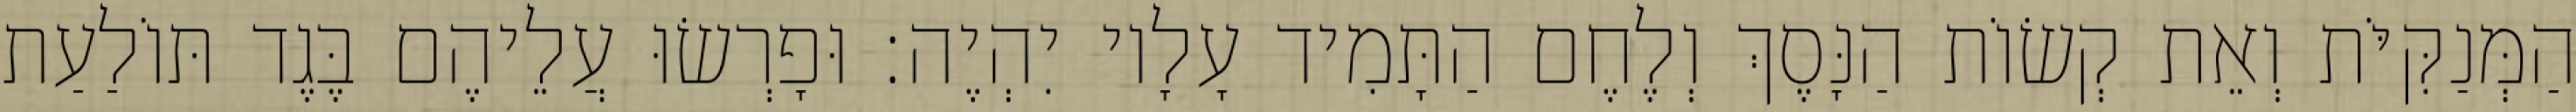
הַמְּנַקִּיֹּת וְאֵת קְשׂוֹת הַנָּסֶךְ וְלֶחֶם הַתָּמִיד עָלָיו יִהְיֶה׃ וּפָרְשׂוּ עֲלֵיהֶם בֶּגֶד תּוֹלַעַת